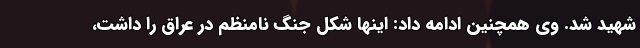
شهید شد. وی همچنین ادامه داد: اینها شکل جنگ نامنظم در عراق را داشت،